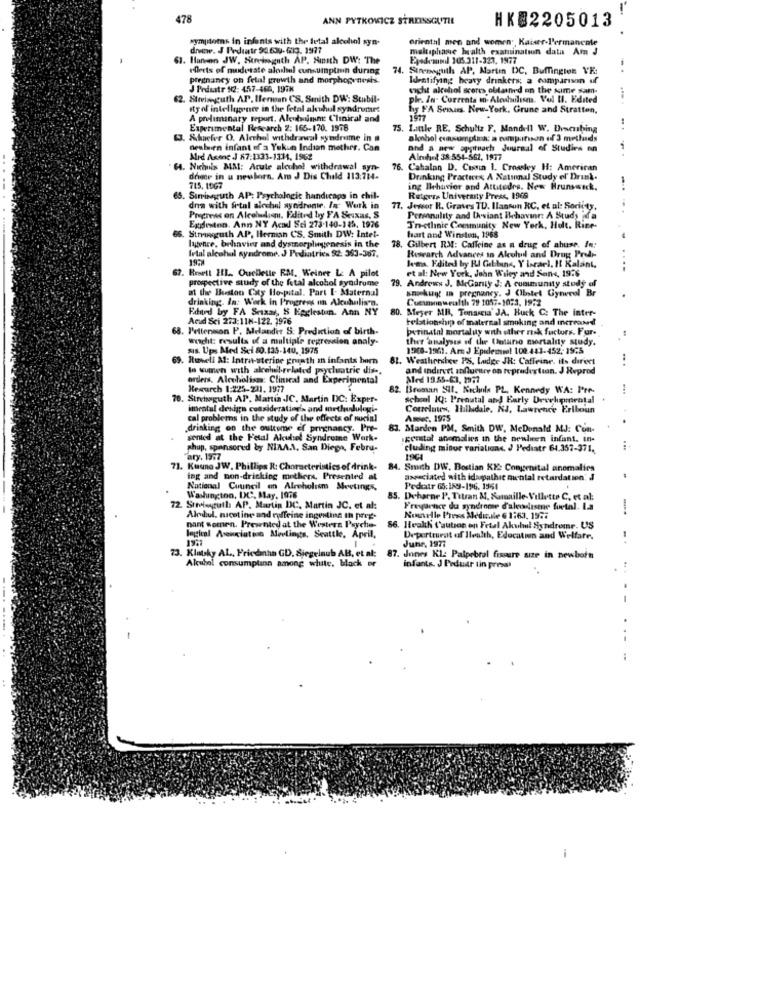
478
ANN PYTKOVICZ STREINSGUTIL
HK82205013
wymistoms in infants with the fetal alcohol syn-
oriental men and women', Kaiser-Permanente
devewe. J Pediatr 94.634- 63. 1977
maktaphane health examinatuin data Am J
61. Hansen JW. Surchnaguth AP. Sinith DW: The
Eyedeambul 105.311-327, 1977
ellerts of moderate aloshel consumption during
74. Sireneguth AP. Martin DC, Buffington VE:
Pregnancy on fetal growth and morphogenesis.
Identifying heavy drinkers; a comparison uf
J Prdustr 12: 457-400, 199K
sacht alcohol scores obtained on the time sam-
62. Streineguth AP. Menman CS. Smith DW: Stubil-
ph. In- Currents m- Aledulism. Vol II. Edited
Ity of intelligence in the fetal akuhul syndromes
hy FA Senurs. New-York. Grune and Stratton,
A preliminary report. Aleolsun: Clinical and
Experimental Research 2: 165-170. 1576
75. L.mule RE. Schultz F. Mandell W. Dencushing
63. Schaefer O. Alerhal withdrawal syndrome in
alcohol consumplia: a comparison of 3 methands
nesten infant of a Yokun Indian mother. Can
and a new apptnach Journal of Studies on
Mrd Asene J 67:1333-1314, 1962
Alnichel 38-554-561, 1917
CA. Nichuis MM: Acute alcohol withdrawal syn-
. Cahalan D. Cussin 1. Crossley H: American
drie in u newborn. Am J Dis Child 113:714.
Drinking Practices A National Study of Drink.
715, 10G7
ing Behavior and Attitudes. New Brunsenk.
Stringguth AP: Psychologic handicaps in chvil-
Rutgers University Press, 1968
dna with frtal alechal ayoidrante. In Work in
77. Jewer R. Graves TD. Ilansun KC, et al: Soriity,
Progress on Alcoludlien. Edited by FA Seixas, S
Egdeston. Ann NY Acad Sci 273-140-185. 1976
Personality and Deviant Behavior: A Study fa
Tn-ethnic Community New York, Holt. Rice-
66. Strongguth AP. Hernisn CS. Smith DW: Intel-
hast and Winston, 1968
ligence, behnvie and dysmorphwgenesis in the
fetal alcohol syndrome. J Pediatrics $2: 353-367.
78. Gilbert RM: Caffeine as a drug of abuse. In:
Research Advances in Alcohol and Drug Predy
67. Resett HI .. Ouellette RM. Weiner L: A pilot
lems. Edited by RI Geltuns, Y Israel. It Kalant.
et al: New York, John Wiley and Sons, 1976
....
prospective study of the fetal alcohol syndrome
79.
79. Andrews J. MeGany J: A community study of
at the Boston City Hospital. Part I- Maternal
ancy. J (Instet Gynecol Br
drinking. In: Work in Progress on Alcubalis'n.
Cucinawealth 79 1057-1073, 19:2
Edard by FA Seixas, 5 Eaglestun. Ann NY
80. Meyer MR, Tenascia' JA. Buck C: The inter-
Acad Sci 273:118-122. 1976
relationship of maternal smoking and mereand
68. Pettension P. Melander S: Prediction of birth-
perinatal mortaluy with other risk factors. Fur.
wacht: results of a multiple regression analy-
ther 'analysis of the Ontario mortality study.
sis. Ups Med Sei 80.135-140, 1975
1968-1961. Are J Epilemsal 100.443-452, 1955
69. Ruawell Al: Intra-sterine gruath in infants born
81. Weathersee PS. Ladge JR: Caffeine. its direct
..
lo tumen with akcehel-related psychiatric dis ..
and indirvet influentre on topradixtian. J Reprod
orders, Alcoholism: Clinical and Experimental
Med 19.55-03. 1977
Rexurch 1:225-211. 1977
. Beeman Sit, Nichols PL. Kennedy WA: Pre-
70. Strcheguth AP. Mattia JC. Martin DC: Exper-
scheel IQ: Prenatal and Early Devehprotal
imental design consideration's and methodulogi-
Correlates, Ihillsdale, NJ, Lawrence Erlboun
cal problems in the study of the effects of nucial
Asec, 1965
drinking on the outcome of pregnancy. Pre-
83. Marden PM. Smith DW, MeDonald MJ: Con-
sented at the Fetal Akulsel Syndromne Wark.
genstal anomalies in the newluen infant. if-
phup, sponsored by NIAA.A. San Diego, Febru-
cluding minor variations ? Pediatr 64.357-371.
ary. 1967
71. Kuuno JW. Phillips R: Characteristics of drink-
84. Smith DW. Bostian KE: Congenital anomalies
ing and non-dricking mothers, Presented at
axeciated with idapathic mental retardation: d
National Council on Alreholism Meetings,
Pediatr 65:189-196. 1961
Washington, DC, May, 1976
85. Deharne P. Titran M. Kumaille- Villette C, et al:
72. Sıragull AP. Martin DC, Martin JC. et al:
Freyarnce du syndrome d'aleodlasene fuetal. L.a
-
Aledul, nicotine and coffeine ingenting th preg-
Nouvelle Press Medicale 6 1:63. 1977
nant women. Presented at the Western Psycho-
86. Health ('aution on Fetal Akuhal Syndrome. US
1951
logical Asenciation Meetings, Seattle, April,
Deperteurat of Health, Education and Welfare,
73. Klatsky AL, Friedinha GD. Siegelnub AB, et al:
June, 1977
Alubel consumplann among white, black or
87. Jones Kl: Palpebral fissure size in newborn
infants. J Prduar tin press
...
: